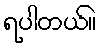
ရပါတယ်။